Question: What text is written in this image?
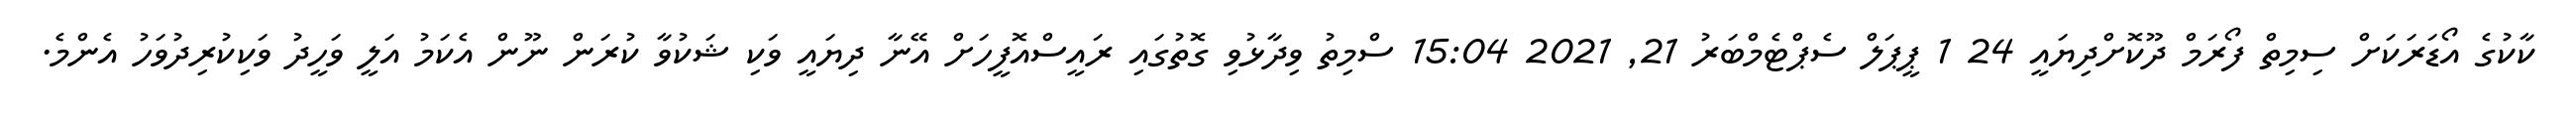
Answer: ކާކުގެ އޯޑަރަކަށް ސިމިތް ފޯރަމް ދޫކޮށްދިޔައީ 24 1 ޕީޕަލް ސެޕްޓެމްބަރު 21, 2021 15:04 ސްމިތު ވިދާޅުވި ގޮތުގައި ރައީސްއޮފީހަށް އޭނާ ދިޔައީ ވަކި ޝަކުވާ ކުރަން ނޫން އެކަމު އަލީ ވަހީދު ވަކިކުރިދުވަހު އެންމެ.